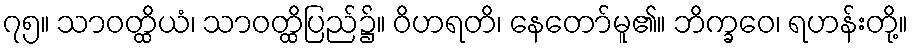
၇၅။ သာဝတ္ထိယံ၊ သာဝတ္ထိပြည်၌။ ဝိဟရတိ၊ နေတော်မူ၏။ ဘိက္ခဝေ၊ ရဟန်းတို့။